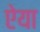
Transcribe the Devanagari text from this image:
ऐया